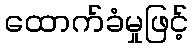
ထောက်ခံမှုဖြင့်